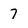
Character: 7